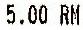
5.00 RM